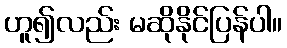
ဟူ၍လည်း မဆိုနိုင်ပြန်ပါ။